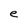
Character: e